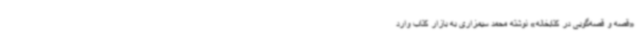
«قصه و قصه‌گویی در کتابخانه» نوشته محمد سیمزاری به بازار کتاب وارد